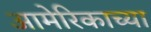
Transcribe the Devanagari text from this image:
आमेरिकाच्या